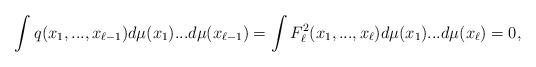
LaTeX: \begin{align*} \int q(x_1,...,x_{\ell-1})d\mu(x_1)... d\mu(x_{\ell-1})=\int F^2_\ell(x_1,..., x_\ell)d\mu(x_1)...d\mu(x_\ell)=0, \end{align*}